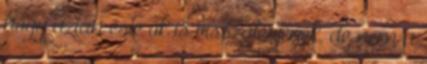
hogy aztán este ők is visszatérjenek, de nem a